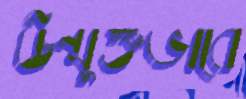
উন্মুক্তভাবে